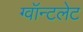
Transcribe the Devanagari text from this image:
ग्वॉन्टलेट